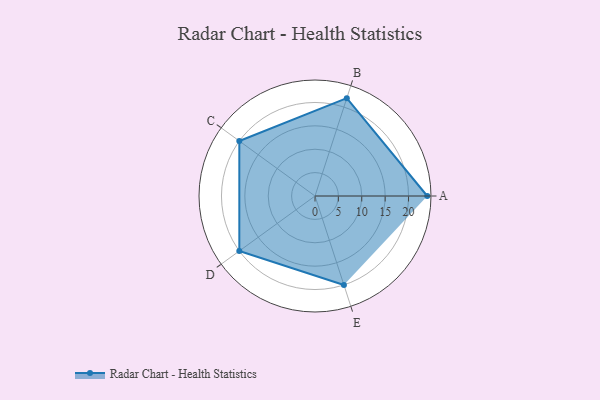
{"axis": {"x": "Skill", "y": "Score"}, "legend": ["Profile"], "data": [{"x": "A", "y": 24.0, "type": "Profile"}, {"x": "B", "y": 22.0, "type": "Profile"}, {"x": "C", "y": 20, "type": "Profile"}, {"x": "D", "y": 20, "type": "Profile"}, {"x": "E", "y": 20, "type": "Profile"}]}